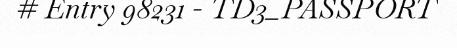
# Entry 98231 - TD3_PASSPORT